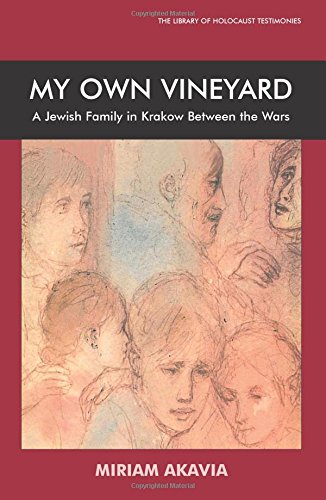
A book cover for My Own Vineyard (Library of Holocaust Testimonies); Miriam Akavia; Literature & Fiction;